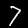
Label: 7